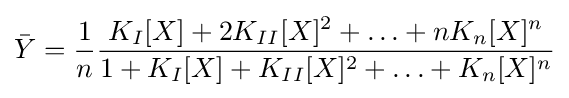
{\bar {Y}}={\frac {1}{n}}{\frac {K_{I}[X]+2K_{II}[X]^{2}+\ldots +nK_{n}[X]^{n}}{1+K_{I}[X]+K_{II}[X]^{2}+\ldots +K_{n}[X]^{n}}}